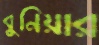
বুনিয়ার